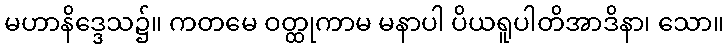
မဟာနိဒ္ဒေသ၌။ ကတမေ ဝတ္ထုကာမ မနာပါ ပိယရူပါတိအာဒိနာ၊ သော။